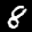
Label: 8